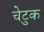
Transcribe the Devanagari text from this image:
चेटुक